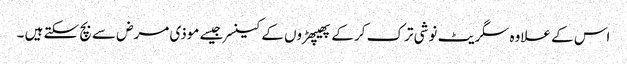
اس کے علاوہ سگریٹ نوشی ترک کر کے پھیپھڑوں کے کینسر جیسے موذی مرض سے بچ سکتے ہیں ۔